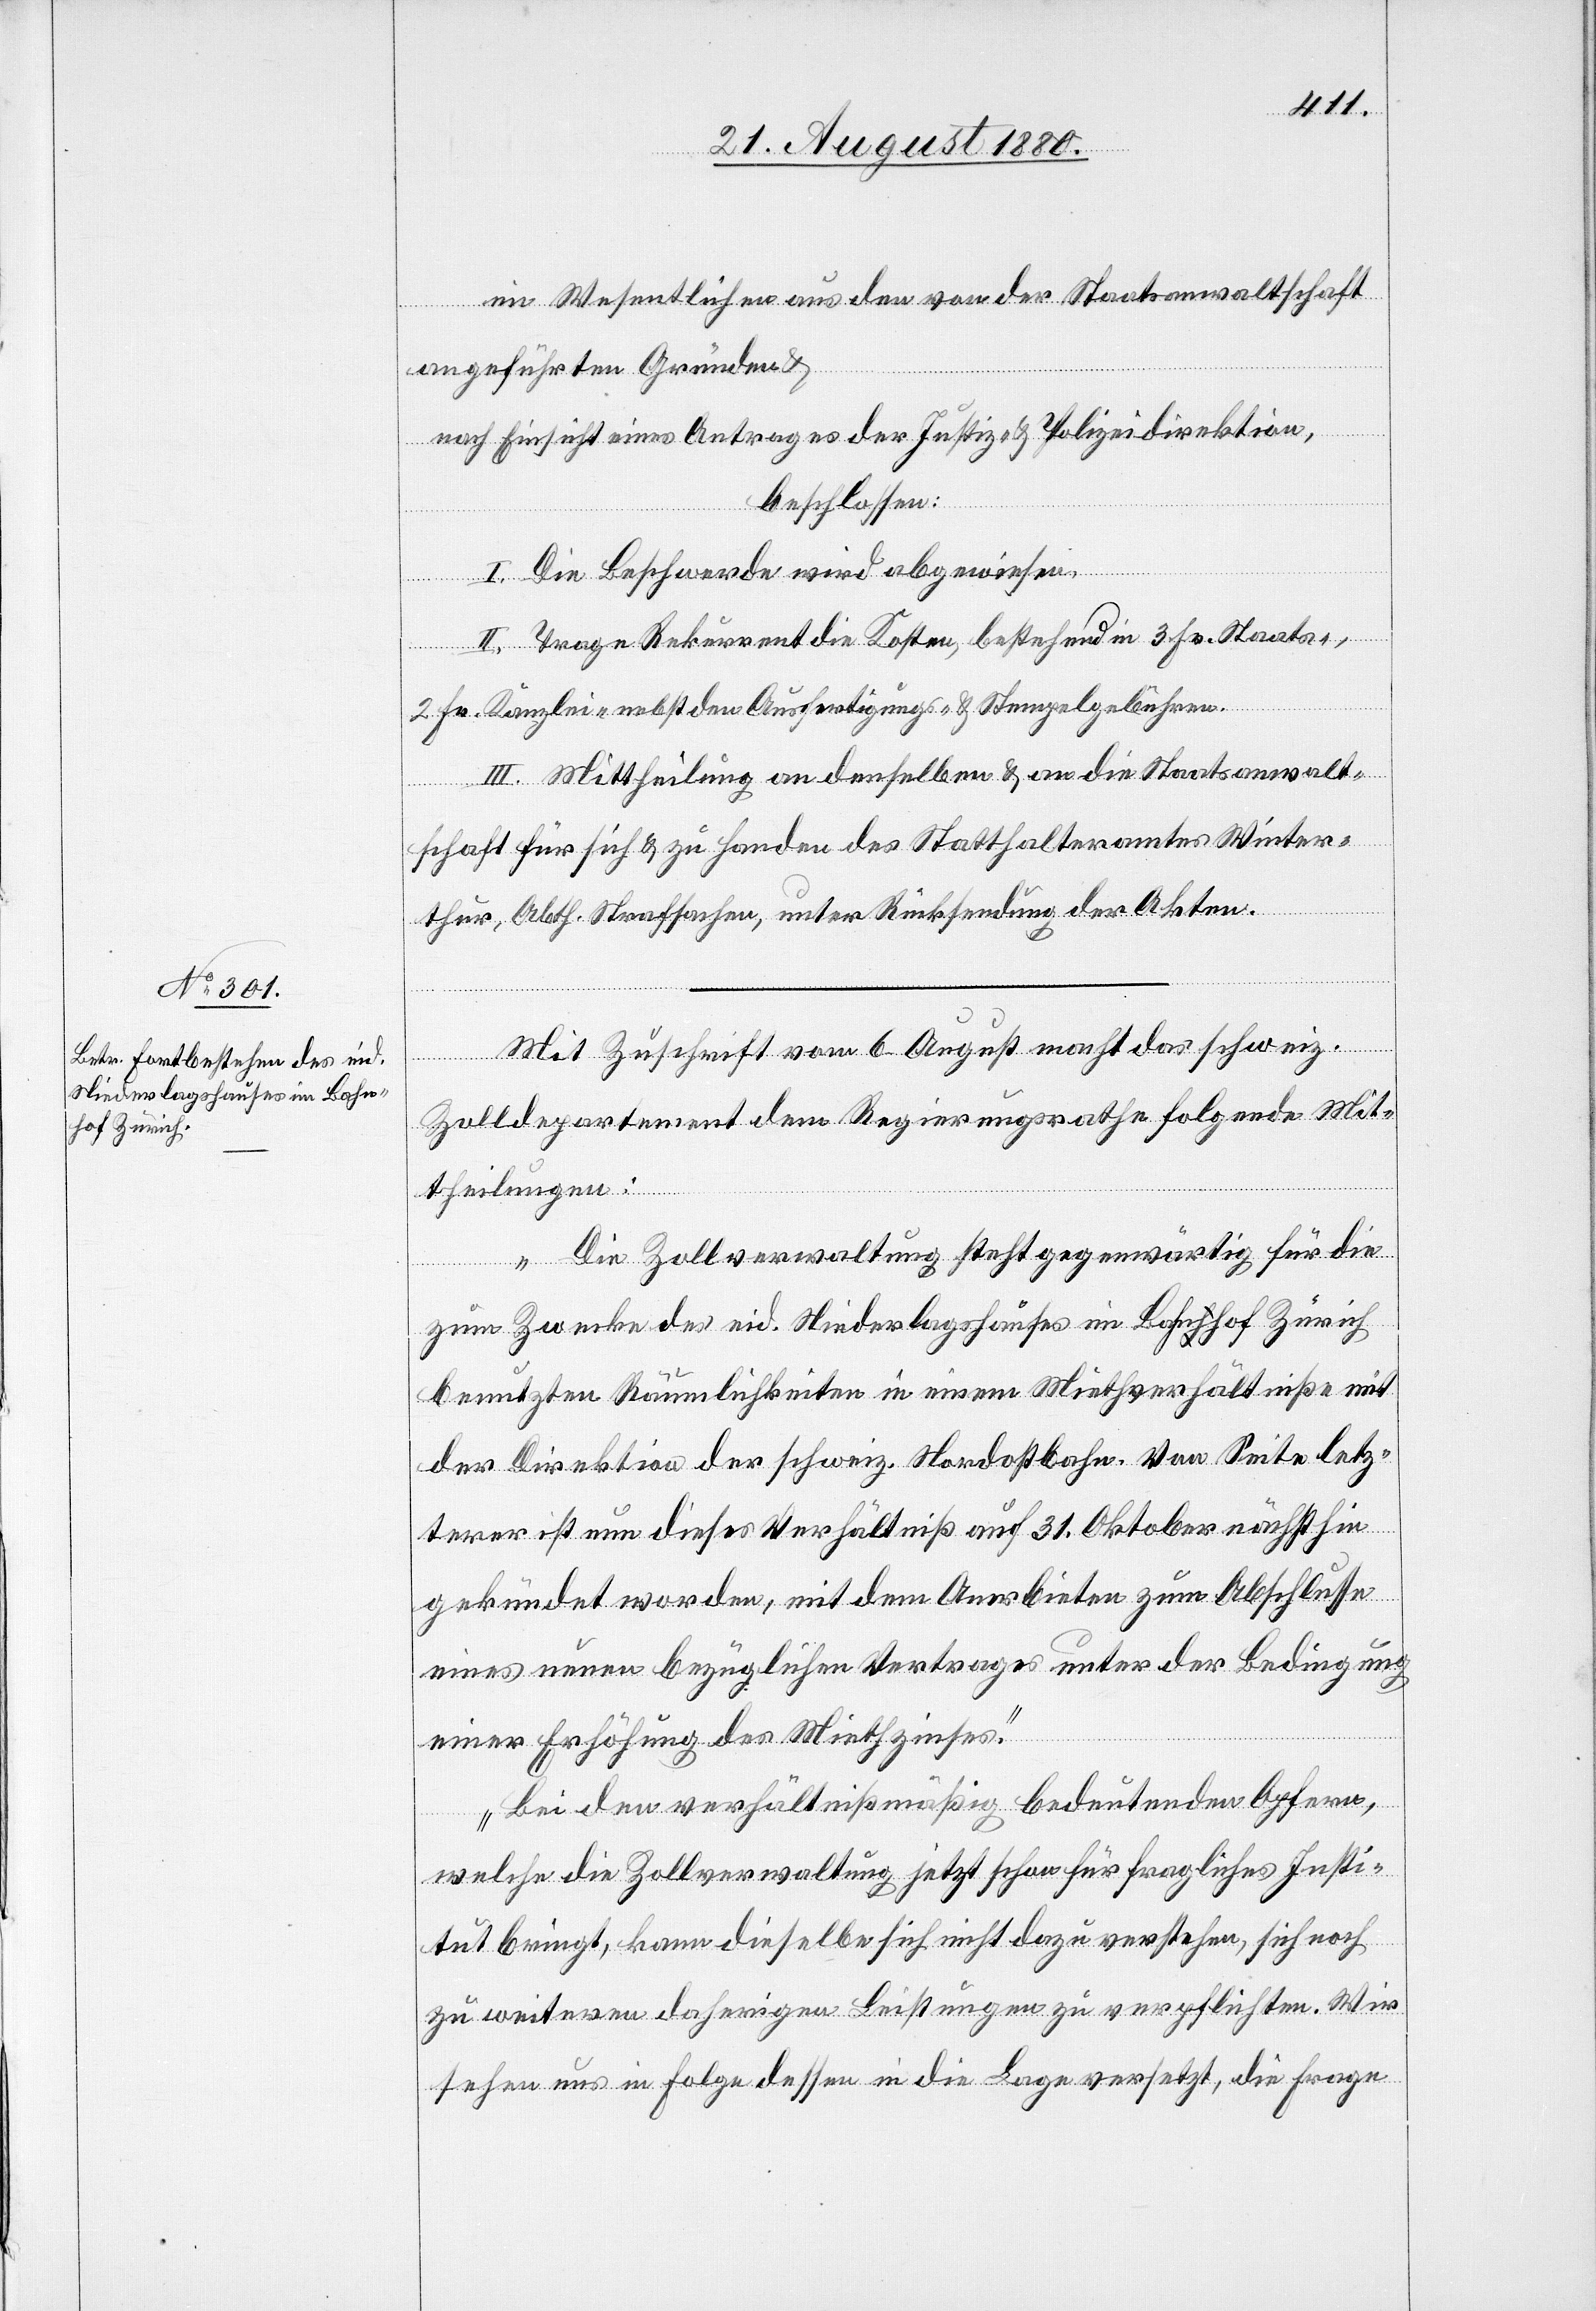
im Wesentlichen aus den von der Staatsanwaltschaft
angeführten Gründen &
nach Einsicht eines Antrages der Justiz- & Polizeidirektion,
beschlossen:
I. Die Beschwerde wird abgewiesen.
der schweiz.
II. Trage Rekurrent die Kosten, bestehend in 3 Fr. Staats-,
2 Fr. Kanzlei- nebst den Ausfertigungs- & Stempelgebühren.
III. Mittheilung an denselben & an die Staatsanwalt¬
schaft für sich & zu Handen des Statthalteramtes Winter¬
thur, Abth. Strafsachen, unter Rücksendung der Akten.
Niederlagshauses im Bahn¬
Zolldepartement dem Regierungsrathe folgende Mit¬
hof Zürich
theilungen:
„Die Zollverwaltung steht gegenwärtig für die
macht das
benutzten Räumlichkeiten in einem Miethverhältniße mit
Bei den verhältnißmäßig bedeutenden Opfern,
welche die Zollverwaltung jetzt schon für fragliches Insti¬
tut bringt, kann dieselbe sich nicht dazu verstehen, sich noch
zu weiteren daherigen Leistungen zu verpflichten. Wir
sehen uns in Folge dessen in die Lage versetzt, die Frage